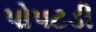
પોપટડી